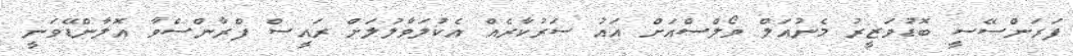
ފަރަންސޭސީ ބޮޑުވަޒީރު މެނުއަލް ވޯލްސްއަށް އައު ސަރުކާރެއް އެކުލަވާލުލަށް ރައީސް ފްރާންސްވާ އޮލާންޑޭވަނީ